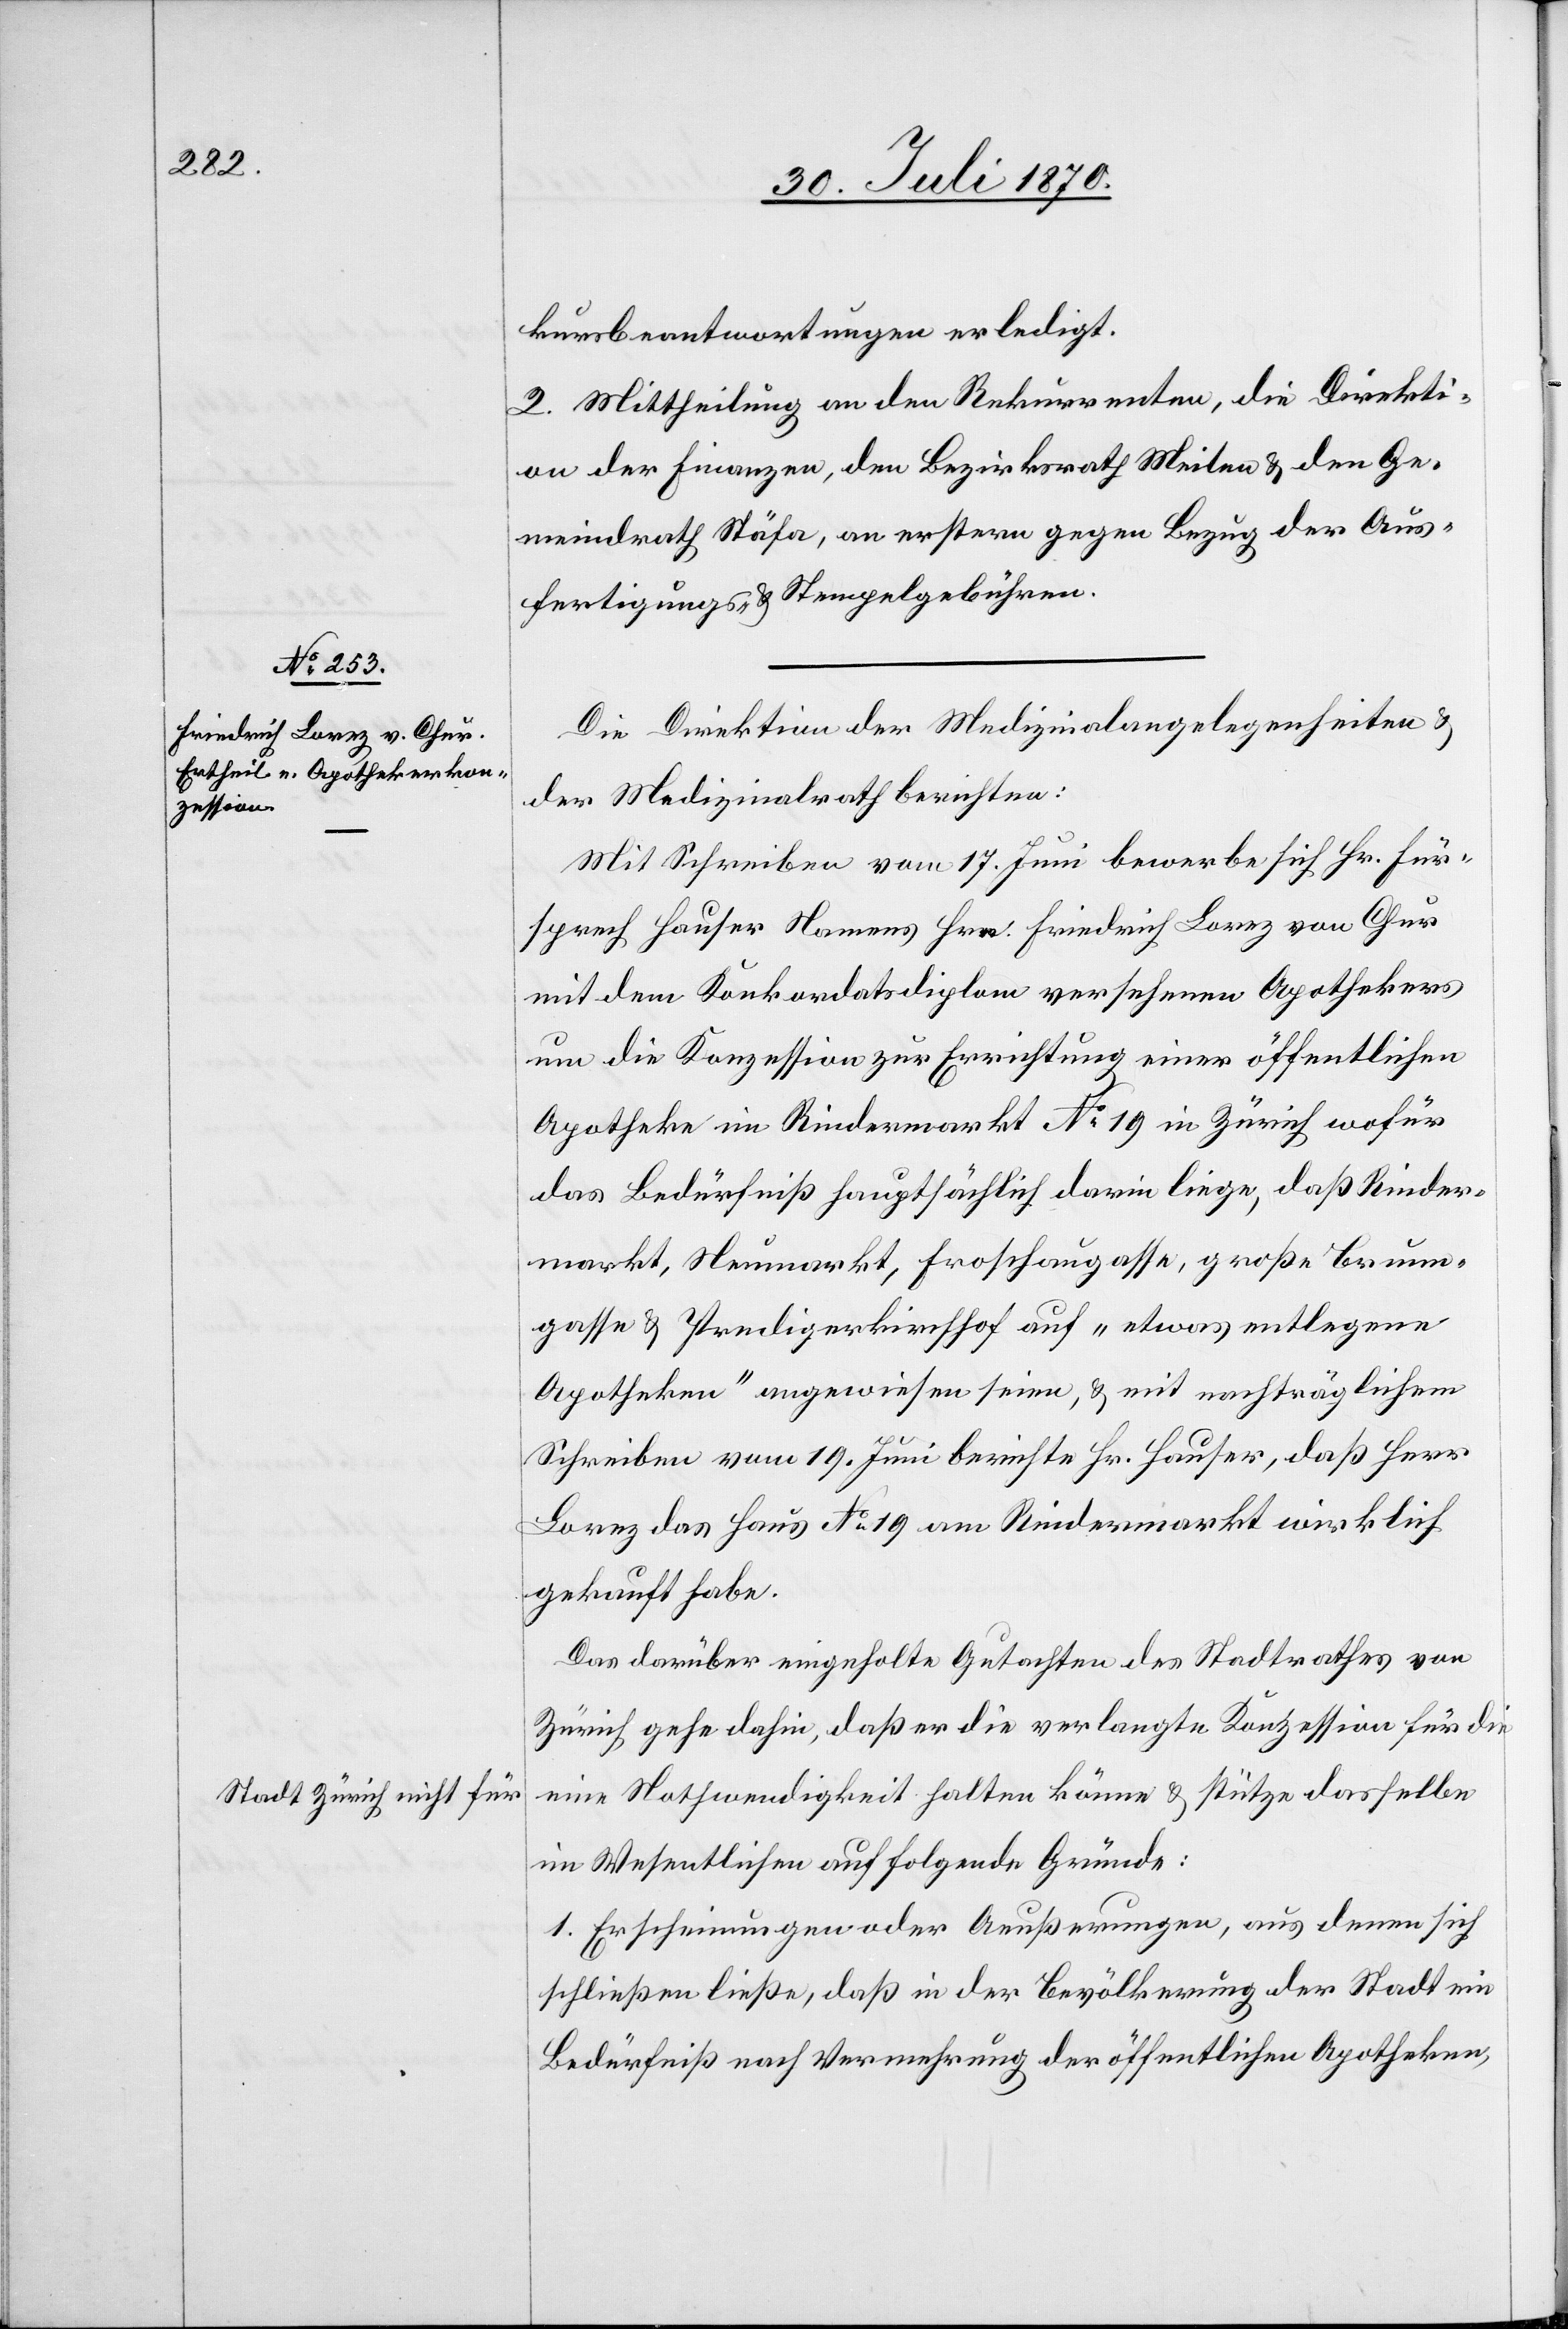
Stadt Zürich nicht für

kursbeantwortungen erledigt.
2. Mittheilung an den Rekurrenten, die Direkti¬
on der Finanzen, den Bezirksrath Meilen & den Ge¬
meindrath Stäfa, an erstern gegen Bezug der Aus¬
fertigungs- & Stempelgebühren.
Die Direktion der Medizinalangelegenheiten &
der Medizinalrath berichten:
Mit Schreiben vom 17. Juni bewerbe sich Hr. Für¬
sprech Hauser Namens Hrn. Friedrich Lorez von Chur
mit dem Konkordatsdiplom versehenen Apothekers
um die Konzession zur Errichtung einer öffentlichen
Apotheke im Rindermarkt No 19 in Zürich wofür
das Bedürfnis hauptsächlich darin liege, daß Rinder¬
markt, Neumarkt, Froschaugasse, große Brunn¬
gasse & Predigerkirchhof auf „etwas entlegene
Apotheken“ angewiesen seien, & mit nachträglichem
Schreiben vom 19. Juni berichte Hr. Hauser, daß Herr
Lorez das Haus No 19 am Rindermarkt wirklich
gekauft habe.
Das darüber eingeholte Gutachten des Stadtrathes von
Zürich gehe dahin, daß er die verlangte Konzession für die
eine Nothwendigkeit halten könne & stütze dasselbe
im Wesentlichen auf folgende Gründe:
1. Erscheinungen oder Aeußerungen, aus denen sich
schließen ließe, daß in der Bevölkerung der Stadt ein
Bedürfniß nach Vermehrung der öffentlichen Apotheken,